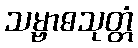
သမ္ဗာဓသုတ္တံ